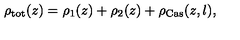
\rho _ { \mathrm { t o t } } ( z ) = \rho _ { 1 } ( z ) + \rho _ { 2 } ( z ) + \rho _ { \mathrm { C a s } } ( z , l ) ,